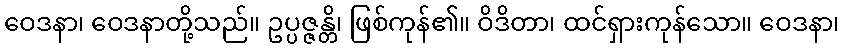
ဝေဒနာ၊ ဝေဒနာတို့သည်။ ဥပ္ပဇ္ဇန္တိ၊ ဖြစ်ကုန်၏။ ဝိဒိတာ၊ ထင်ရှားကုန်သော။ ဝေဒနာ၊